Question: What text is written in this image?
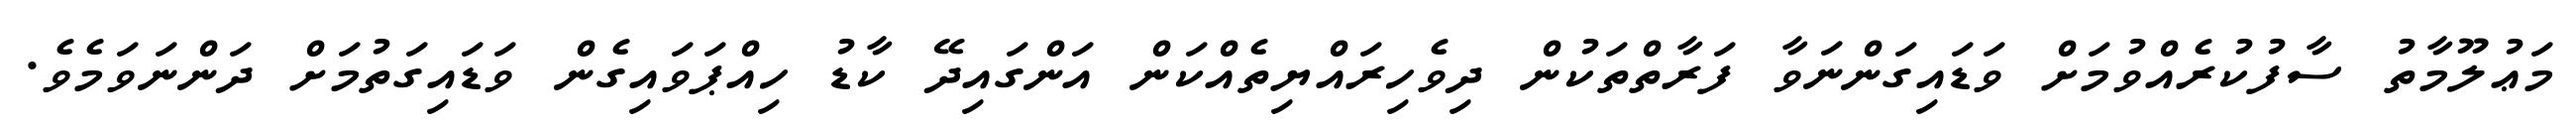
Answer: މަޢުލޫމާތު ސާފުކުރެއްވުމަށް ވަޑައިގަންނަވާ ފަރާތްތަކުން ދިވެހިރައްޔިތެއްކަން އަންގައިދޭ ކާޑު ހިއްޕަވައިގެން ވަޑައިގަތުމަށް ދަންނަވަމެވެ.